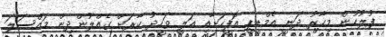
ފުލުހުން މިހާރު ދަނީ އެމްޑީޕީ އޮފީހަަށާއި އަލީ ވަހީދު ކާރަށް ގެއްލުންދިން މައްސަލަ